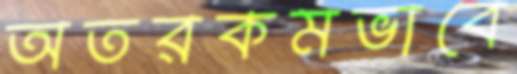
অতরকমভাবে